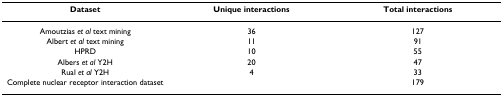
<table><thead><tr><td><b>Dataset</b></td><td><b>Unique interactions</b></td><td><b>Total interactions</b></td></tr></thead><tbody><tr><td>Amoutzias <i>et al </i>text mining</td><td>36</td><td>127</td></tr><tr><td>Albert <i>et al </i>text mining</td><td>11</td><td>91</td></tr><tr><td>HPRD</td><td>10</td><td>55</td></tr><tr><td>Albers <i>et al </i>Y2H</td><td>20</td><td>47</td></tr><tr><td>Rual <i>et al </i>Y2H</td><td>4</td><td>33</td></tr><tr><td>Complete nuclear receptor interaction dataset</td><td></td><td>179</td></tr></tbody></table>